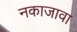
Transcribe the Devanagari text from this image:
नकाजावा